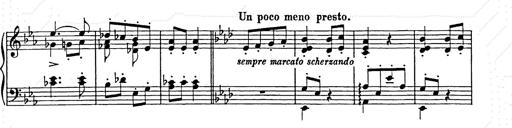
Title: Hungarian Rhapsody No.9
Composer: Franz Liszt
Key: E-flat major